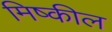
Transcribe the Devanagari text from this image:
मिष्कील